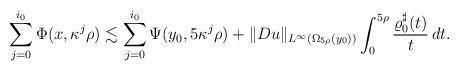
LaTeX: \begin{align*}\sum_{j=0}^{i_0} \Phi(x,\kappa^j \rho)\lesssim \sum_{j=0}^{i_0} \Psi(y_0, 5\kappa^j \rho)+\|Du\|_{L^\infty(\Omega_{5\rho}(y_0))}\int_0^{5\rho}\frac{\varrho^\sharp_0(t)}{t}\,dt.\end{align*}